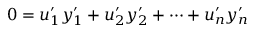
0 = u _ { 1 } ^ { \prime } y _ { 1 } ^ { \prime } + u _ { 2 } ^ { \prime } y _ { 2 } ^ { \prime } + \cdots + u _ { n } ^ { \prime } y _ { n } ^ { \prime }